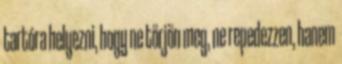
tartóra helyezni, hogy ne törjön meg, ne repedezzen, hanem